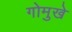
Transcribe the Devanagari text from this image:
गोमुखे